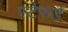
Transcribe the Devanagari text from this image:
स्टेफर्ड